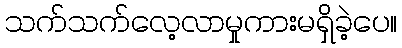
သက်သက်လေ့လာမှုကားမရှိခဲ့ပေ။